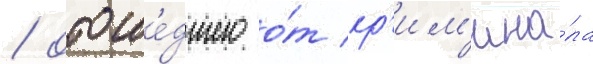
/ отоше́дшего о́т кр'им'ина́ла